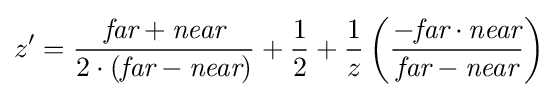
z'={\frac {{\textit {far}}+{\textit {near}}}{2\cdot \left({\textit {far}}-{\textit {near}}\right)}}+{\frac {1}{2}}+{\frac {1}{z}}\left({\frac {-{\textit {far}}\cdot {\textit {near}}}{{\textit {far}}-{\textit {near}}}}\right)